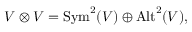
V \otimes V = { \mathrm { S y m } } ^ { 2 } ( V ) \oplus { \mathrm { A l t } } ^ { 2 } ( V ) ,